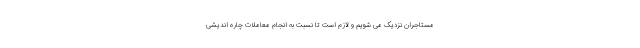
مستاجران نزدیک می شویم و لازم است تا نسبت به انجام معاملات چاره اندیشی